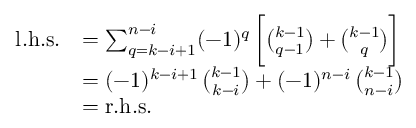
\begin{array} { r l } { \mathrm { l . h . s . } } & { = \sum _ { q = k - i + 1 } ^ { n - i } ( - 1 ) ^ { q } \, \biggl [ \binom { k - 1 } { q - 1 } + \binom { k - 1 } { q } \biggr ] } \\ & { = ( - 1 ) ^ { k - i + 1 } \, \binom { k - 1 } { k - i } + ( - 1 ) ^ { n - i } \, \binom { k - 1 } { n - i } } \\ & { = \mathrm { r . h . s . } } \end{array}